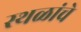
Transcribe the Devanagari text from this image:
स्‍थळांचे